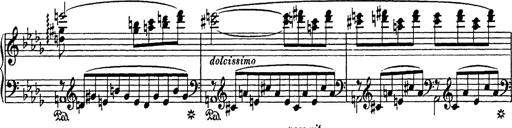
Title: Consolations
Composer: Franz Liszt